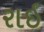
રાઇ